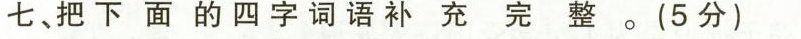
七、把下面的四字词语补充完整。(5分)